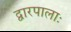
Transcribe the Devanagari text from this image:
द्वारपालाः